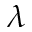
\lambda